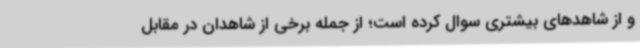
و از شاهدهای بیشتری سوال کرده است؛ از جمله برخی از شاهدان در مقابل